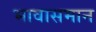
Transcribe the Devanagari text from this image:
भावासमान